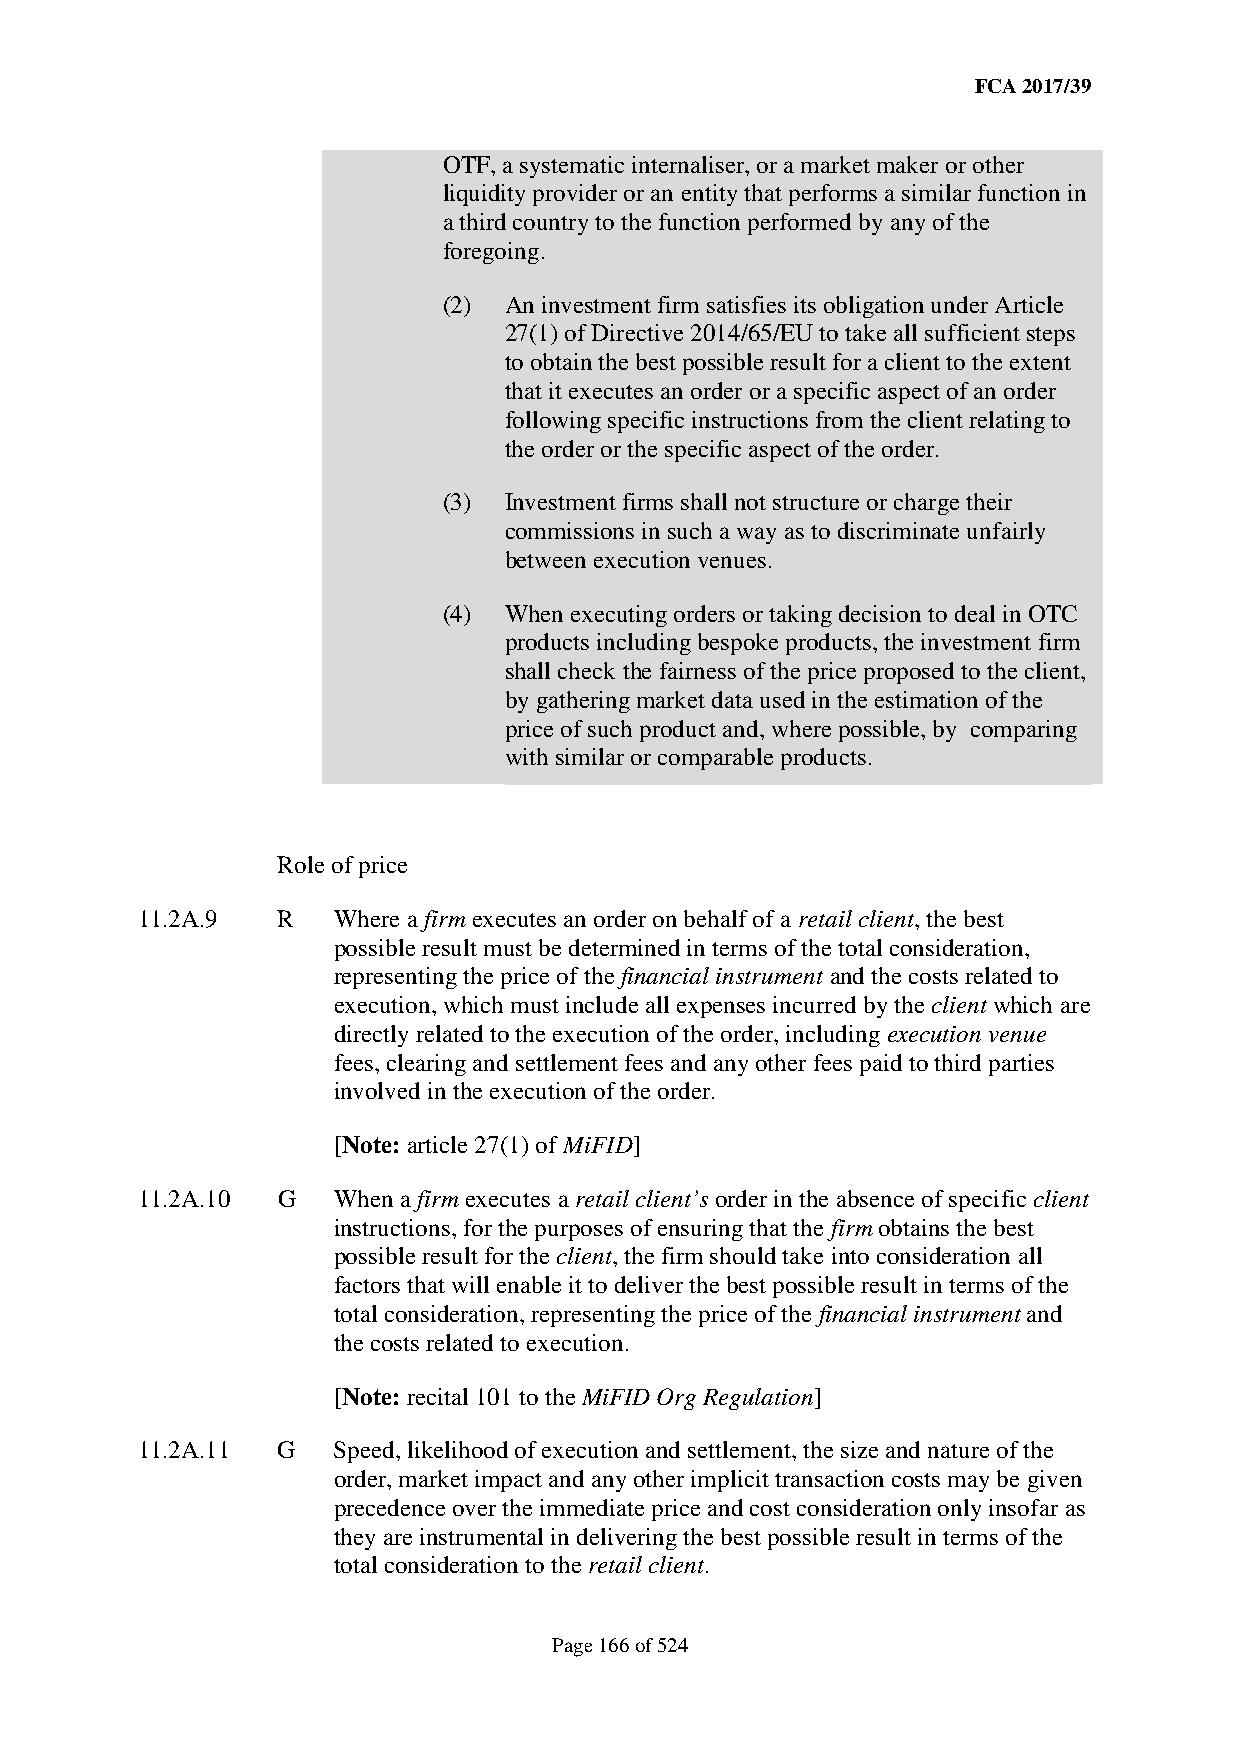
FCA 2017/39
 OTF, a systematic internaliser, or a market maker or other
 liquidity provider or an entity that performs a similar function in
 a third country to the function performed by any of the
 foregoing.
 (2) An investment firm satisfies its obligation under Article
 27(1) of Directive 2014/65/EU to take all sufficient steps
 to obtain the best possible result for a client to the extent
 that it executes an order or a specific aspect of an order
 following specific instructions from the client relating to
 the order or the specific aspect of the order.
 (3) Investment firms shall not structure or charge their
 commissions in such a way as to discriminate unfairly
 between execution venues.
 (4) When executing orders or taking decision to deal in OTC
 products including bespoke products, the investment firm
 shall check the fairness of the price proposed to the client,
 by gathering market data used in the estimation of the
 price of such product and, where possible, by comparing
 with similar or comparable products.
 Role of price
 11.2A.9  R   Where a firm executes an order on behalf of a retail client, the best
 possible result must be determined in terms of the total consideration,
 representing the price of the financial instrument and the costs related to
 execution, which must include all expenses incurred by the client which are
 directly related to the execution of the order, including execution venue
 fees, clearing and settlement fees and any other fees paid to third parties
 involved in the execution of the order.
 [Note: article 27(1) of MiFID]
 11.2A.10 G   When a firm executes a retail client’s order in the absence of specific client
 instructions, for the purposes of ensuring that the firm obtains the best
 possible result for the client, the firm should take into consideration all
 factors that will enable it to deliver the best possible result in terms of the
 total consideration, representing the price of the financial instrument and
 the costs related to execution.
 [Note: recital 101 to the MiFID Org Regulation]
 11.2A.11 G   Speed, likelihood of execution and settlement, the size and nature of the
 order, market impact and any other implicit transaction costs may be given
 precedence over the immediate price and cost consideration only insofar as
 they are instrumental in delivering the best possible result in terms of the
 total consideration to the retail client.
 Page 166 of 524